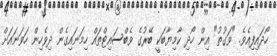
ހޯދައިފިއެވެ. "ވަގުތު" އިން ހޯދި ކާމިޔާބަކީ ބޭރުގެ ވެބްސައިޓްތައް ހިމަނައިގެން ދިވެހިން ހަވަނައަށް